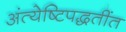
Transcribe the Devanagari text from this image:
अंत्येष्टिपद्धतींत